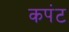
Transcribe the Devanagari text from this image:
कपंट